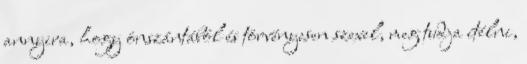
annyira, hogy önszántából és törvényesen szexel, meg tudja ítélni,